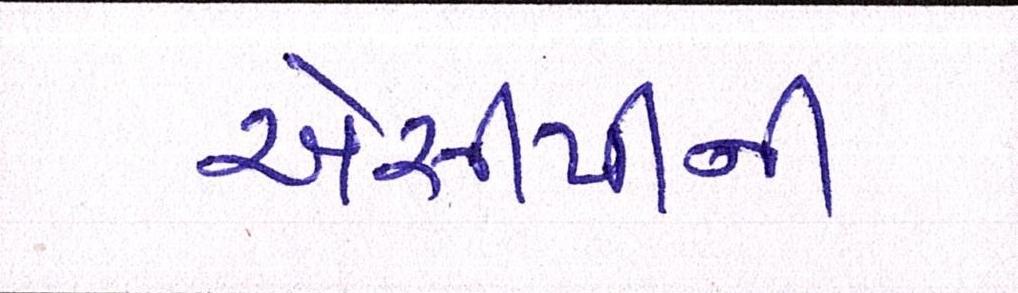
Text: એસીપીની